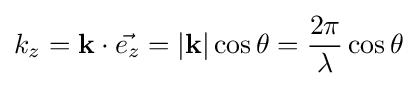
k_{z}=\mathbf {k} \cdot {\vec {e_{z}}}=|\mathbf {k} |\cos \theta ={\frac {2\pi }{\lambda }}\cos \theta